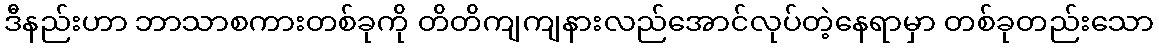
ဒီနည်းဟာ ဘာသာစကားတစ်ခုကို တိတိကျကျနားလည်အောင်လုပ်တဲ့နေရာမှာ တစ်ခုတည်းသော